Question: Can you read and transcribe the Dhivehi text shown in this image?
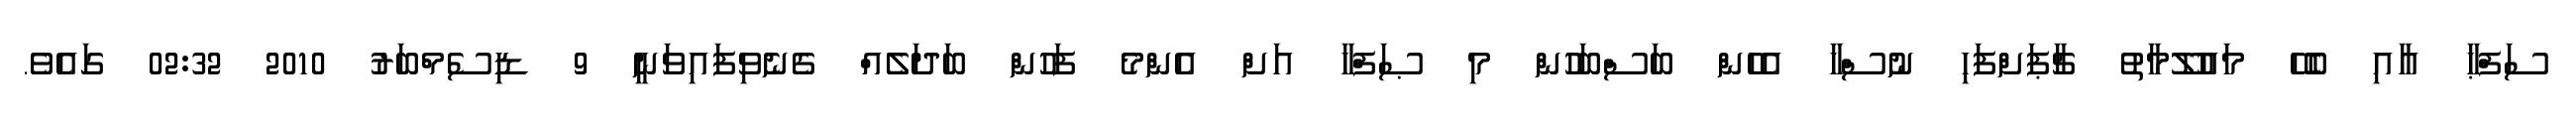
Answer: ސަފްޙާ އާއި ބެހޭ މައުލޫމާތު ޗާޕަށްފަހި ނުސްހާ އެހެން ބަސްބަހުން މި ޞަފްހާ އަށް އެންމެ ފަހުން ބަދަލެއް ގެނެވިފައިވަނީ 9 ޑިސެމްބަރު 2010 02:32 ގައެވެ.